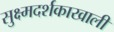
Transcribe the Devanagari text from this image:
सुक्ष्मदर्शकाखाली